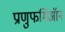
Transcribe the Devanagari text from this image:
प्राणुफर्मिऑन